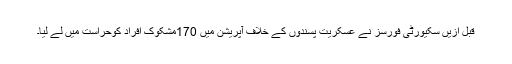
قبل ازیں سکیورٹی فورسز نے عسکریت پسندوں کے خلاف آپریشن میں 170مشکوک افراد کوحراست میں لے لیا۔